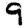
Digit: 9